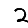
Digit: 2